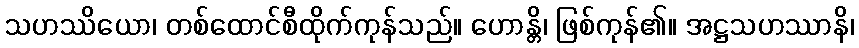
သဟဿိယော၊ တစ်ထောင်စီထိုက်ကုန်သည်။ ဟောန္တိ၊ ဖြစ်ကုန်၏။ အဋ္ဌသဟဿာနိ၊